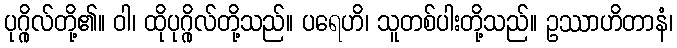
ပုဂ္ဂိုလ်တို့၏။ ဝါ၊ ထိုပုဂ္ဂိုလ်တို့သည်။ ပရေဟိ၊ သူတစ်ပါးတို့သည်။ ဥဿာဟိတာနံ၊